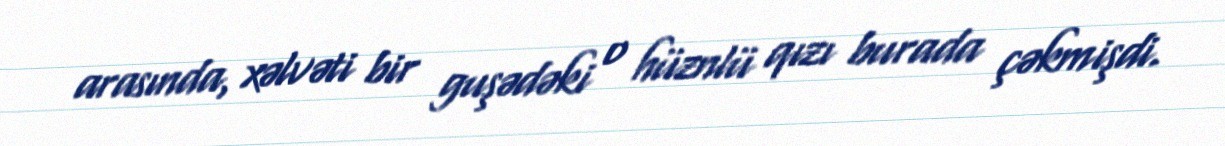
arasında, xəlvəti bir guşədəki o hüznlü qızı burada çəkmişdi.